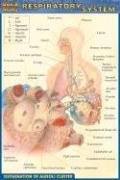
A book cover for Respiratory System (Quickstudy); Inc. BarCharts; Health, Fitness & Dieting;